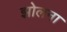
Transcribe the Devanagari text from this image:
झोलना